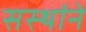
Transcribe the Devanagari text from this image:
सस्थांने